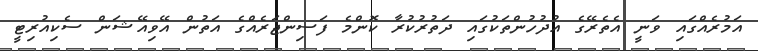
އަމުރެއްގައި ވަނީ އެތެރޭގެ އުދުހުންތަކުގައި ދަތުރުކުރާ ކޮންމެ ފަސިންޖަރެއްގެ އަތުން އޭވިއޭޝަން ސެކިއުރިޓީ